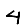
Digit: 4